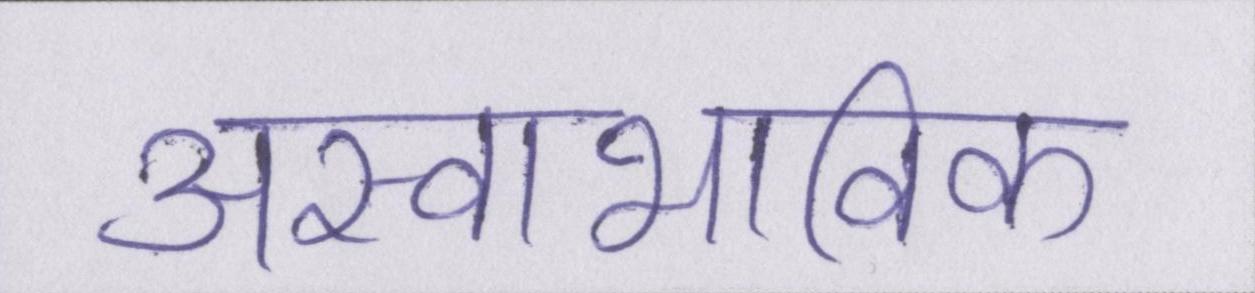
अस्वाभाविक